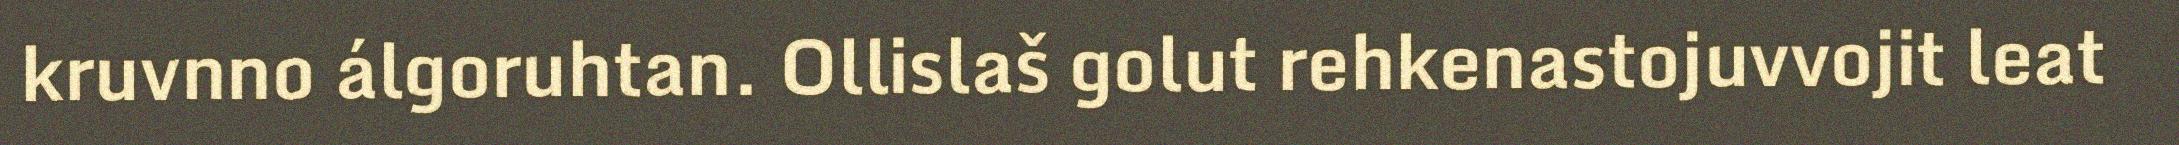
kruvnno álgoruhtan. Ollislaš golut rehkenastojuvvojit leat